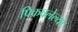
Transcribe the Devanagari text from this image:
पिकवलेल्या